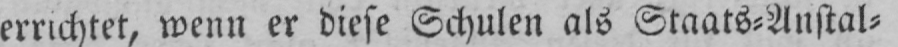
errichtet, wenn er diese Schulen als Staats⸗Anstal⸗